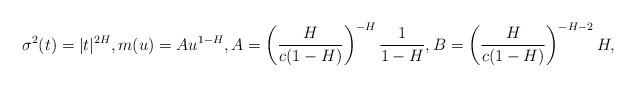
LaTeX: \begin{align*}\sigma^2(t)=|t|^{2H}, m(u)=Au^{1-H}, A=\left(\frac{{H}}{c(1-{H})}\right)^{-H}\frac{1}{1-H}, B=\left(\frac{H}{c(1-H)}\right)^{-H-2}H,\end{align*}